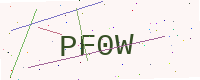
Text: PF0W